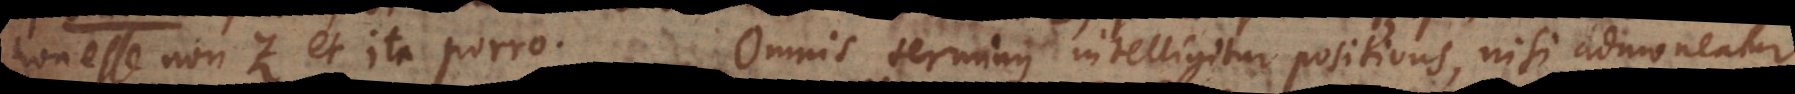
esse non‐Z et ita porro. Omnis terminus intelligitur positivus, nisi admoneatur